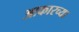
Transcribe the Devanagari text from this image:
आकारच्या